Annual report of the Civil Veterinary Department, Bengal, and of the Bengal Veterinary College for the year 1904-1905 - 1904-1905
Year: 1904
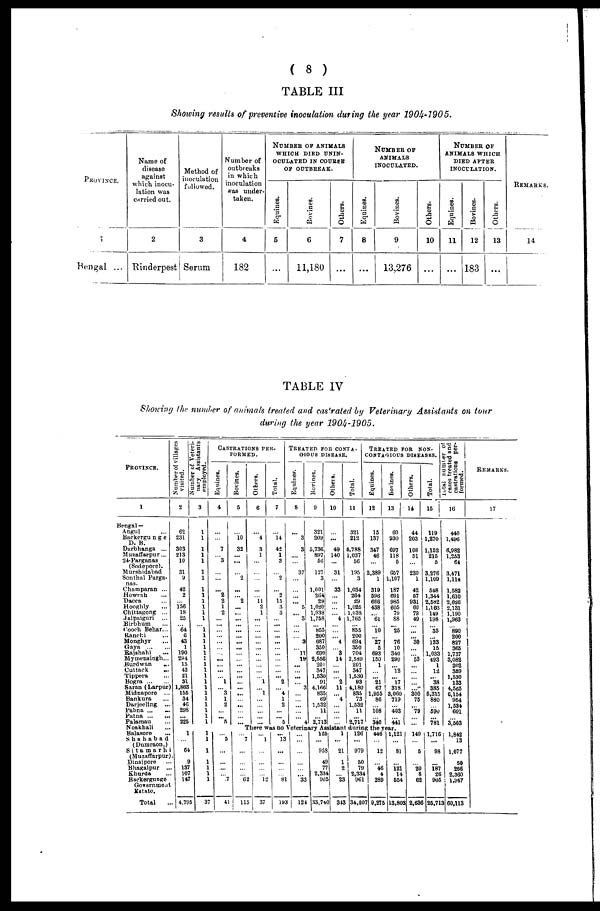
(
8
)
TABLE
III
Showing
results
of preventive
inoculation
during
the pear
1904-1905.
Province.
1
Bengal ...
Name of
disease
against
which inocu-
lation was
carried out.
2
Rinderpest
Method of
inoculation
followed.
3
Serum
Number of
outbreaks
in which
inoculation
was under-
taken.
4
182
NUMBER OF ANIMALS
WHICH DIED UNIN-
OCULATED IN COURSE
OF OUTBREAK.
Equines.
5
...
Bovines.
6
11,180
Others.
7
...
NUMBER OF
ANIMALS INOCULATED.
Equines.
8
...
Bovines.
9
13,276
Others.
10
...
NUMBER OF
ANIMALS WHICH
DIED AFTER
INOCULATION.
Equines.
11
...
Bovines.
12
183
Others.
13
...
REMARKS.
14
TABLE
IV
Showing
the number
of animals
treated
and castrated
by Veterinary
Assistants
on
tour
during
the year
1904-1905.
PROVINCE.
1
Bengal —
Angul ...
Backergunge
D. B.
Darbhanga ...
Muzaffarpur ...
24-Parganas
(Sodepore).
Murshidabad
Sonthal Parga-
nas. Champaran ...
Howrah ...
Dacca ...
Hooghly ...
Chittagong ...
Jalpaiguri ...
Birbhum ...
Cooch Behar...
Ranchi ...
Monghyr ...
Gaya ... ...
Rajshahi ...
Mymensingh...
Burdwan
...
Cuttack
...
Tippera ...
Bogra ... ...
Saran (Larpur)
Midnapore ...
Bankura ...
Darjeeling ...
Pabna ... ...
Patna ... ...
Palamau ...
Noakbali ...
Balasore ...
Shahabad
(Dumraon.)
Sitamarhi
(Muzaffarpur).
Dinajpore ...
Bhagalpur ...
Khurda ...
Backergunge
Government
Estate.
Total ...
NUMBER OF VILLAGES VISITED.
2
62
231
303
213
10
31
9
42
2
...
156
18
25
...
64
6
43
1
190
294
15
42
21
31
1,863
155
34
46
298
...
225
1
...
64
9
137
107
147
4,795
nary Assistants
employed.
3
1
1
1
1
1
1
1
1
1
1
1
1
1
...
1
1
1
1
1
1
1
1
1
1
1
1
1
1
1
1
1
1
1
1
1
1
1
1
37
CASTRATIONS PER¬FORMED.
Equines.
4
...
...
7
... 3
...
...
...
2
2
1
2
... ...
...
... ...
...
... ...
...
...
... 1
... 3
1
2
... ...
5
...
5
...
... ...
...
.7
41
Bovines.
5
... 10
32
...
...
... 2
...
... 2
...
...
...
... ...
...
...
...
...
...
...
... ...
... ...
...
... ...
...
... ...
Others.
6
... 4
3
1
...
...
... 11
2
1
...
...
...
...
...
...
...
...
...
... ...
1
... 1
...
...
...
... ...
Total.
7
... 14
42
1
3
2
...
2
15
3
3
... ...
...
...
...
...
...
...
...
... ...
2
... 4
1
2
... ...
5
TREATED FOR CONTAGIOUS DISEASE.
Equines.
8
...
3
3
....
...
37
...
...
... ...
5
... 3
...
...
... 3
... 11
19
...
... ...
...
3
...
... ...
...
...
4
Bovines.
9
321
20a
5,736
897
56
127
3
1,001
264
29
1,020
1,038
1,758
... 855
200
687
350
690
2,556
201
347
1,530
91
4,166
835
69
1,532
11
... 2,713
Others.
10
... ...
49
140
...
31
...
33
...
...
... ...
4
...
...
... 4
... 3
14
...
...
... 2
11
... 4
...
...
... ...
Total.
11
321
212
5,788
1,037
56
195
3
1,034
264
29
1,025
1,038
1,765
... 855
200
694
350
704
2,589
201
347
1,530
93
4,180
835
73
1,532
11
... 2,717
TREATED FOR NON¬CONTAGIOUS DISEASES.
Equines.
12
15
137
347
46
...
2,389
1
319
596
666
438
...
61
... 10
...
27
5
693
150
1
... ...
21
67
1,955
86
... 108
... 340
Bovines.
13
60
930
697
118
5
657
1,107
187
691
985
605
70
88
...
25
... 76
10
340
290
... 12
...
17
318
3,060
719
... 403
...
441
There was no Veterinary Assistant during the year.
...
7
...
...
... ...
62
115
... 1
...
...
... ...
12
37
...
13
...
...
... ...
81
198
...
...
...
...
... ...
33
124
125
...
958
49
77
2,334
905
33,740
1
...
21
1
2
...
23
343
126
...
979
50 79
2,334
961
34,207
446
...
12
... 46
4
289
9,275
1,121
...
81
... 121
14
554
13,802
Others.
14
44
203
108
51
...
230
1
42
57
981
60
79
49
...
...
... 30
...
... 53
...
...
...
... ...
300
75
... 79
... ...
149
...
5
... 20
8
62
2,636
Total.
15
119
1,270
1,152
215
5
3,276
1,109
548
1,344
2,582
1,103
149
198
... 35
...
133
15
1,033
493
1
12
...
38
385
5,315
880
... 590
...
781
1,716
...
98
...
187
26
905
25,713
Total
number of
cases treated and
castrations per-
formed.
16
440
1,496
6,982
1,253
64
3,471
1,114
1,582
1,610
2,626
2,131
1,190
1,963
... 890
200
827
365
1,737
3,082
202
359
1,530
133
4,565
6,154
954
1,534
601
... 3,503
1,842
13
1,077
50
266
2,360
1,947
60,113
REMARKS.
17